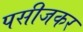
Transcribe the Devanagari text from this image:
पसीजकर